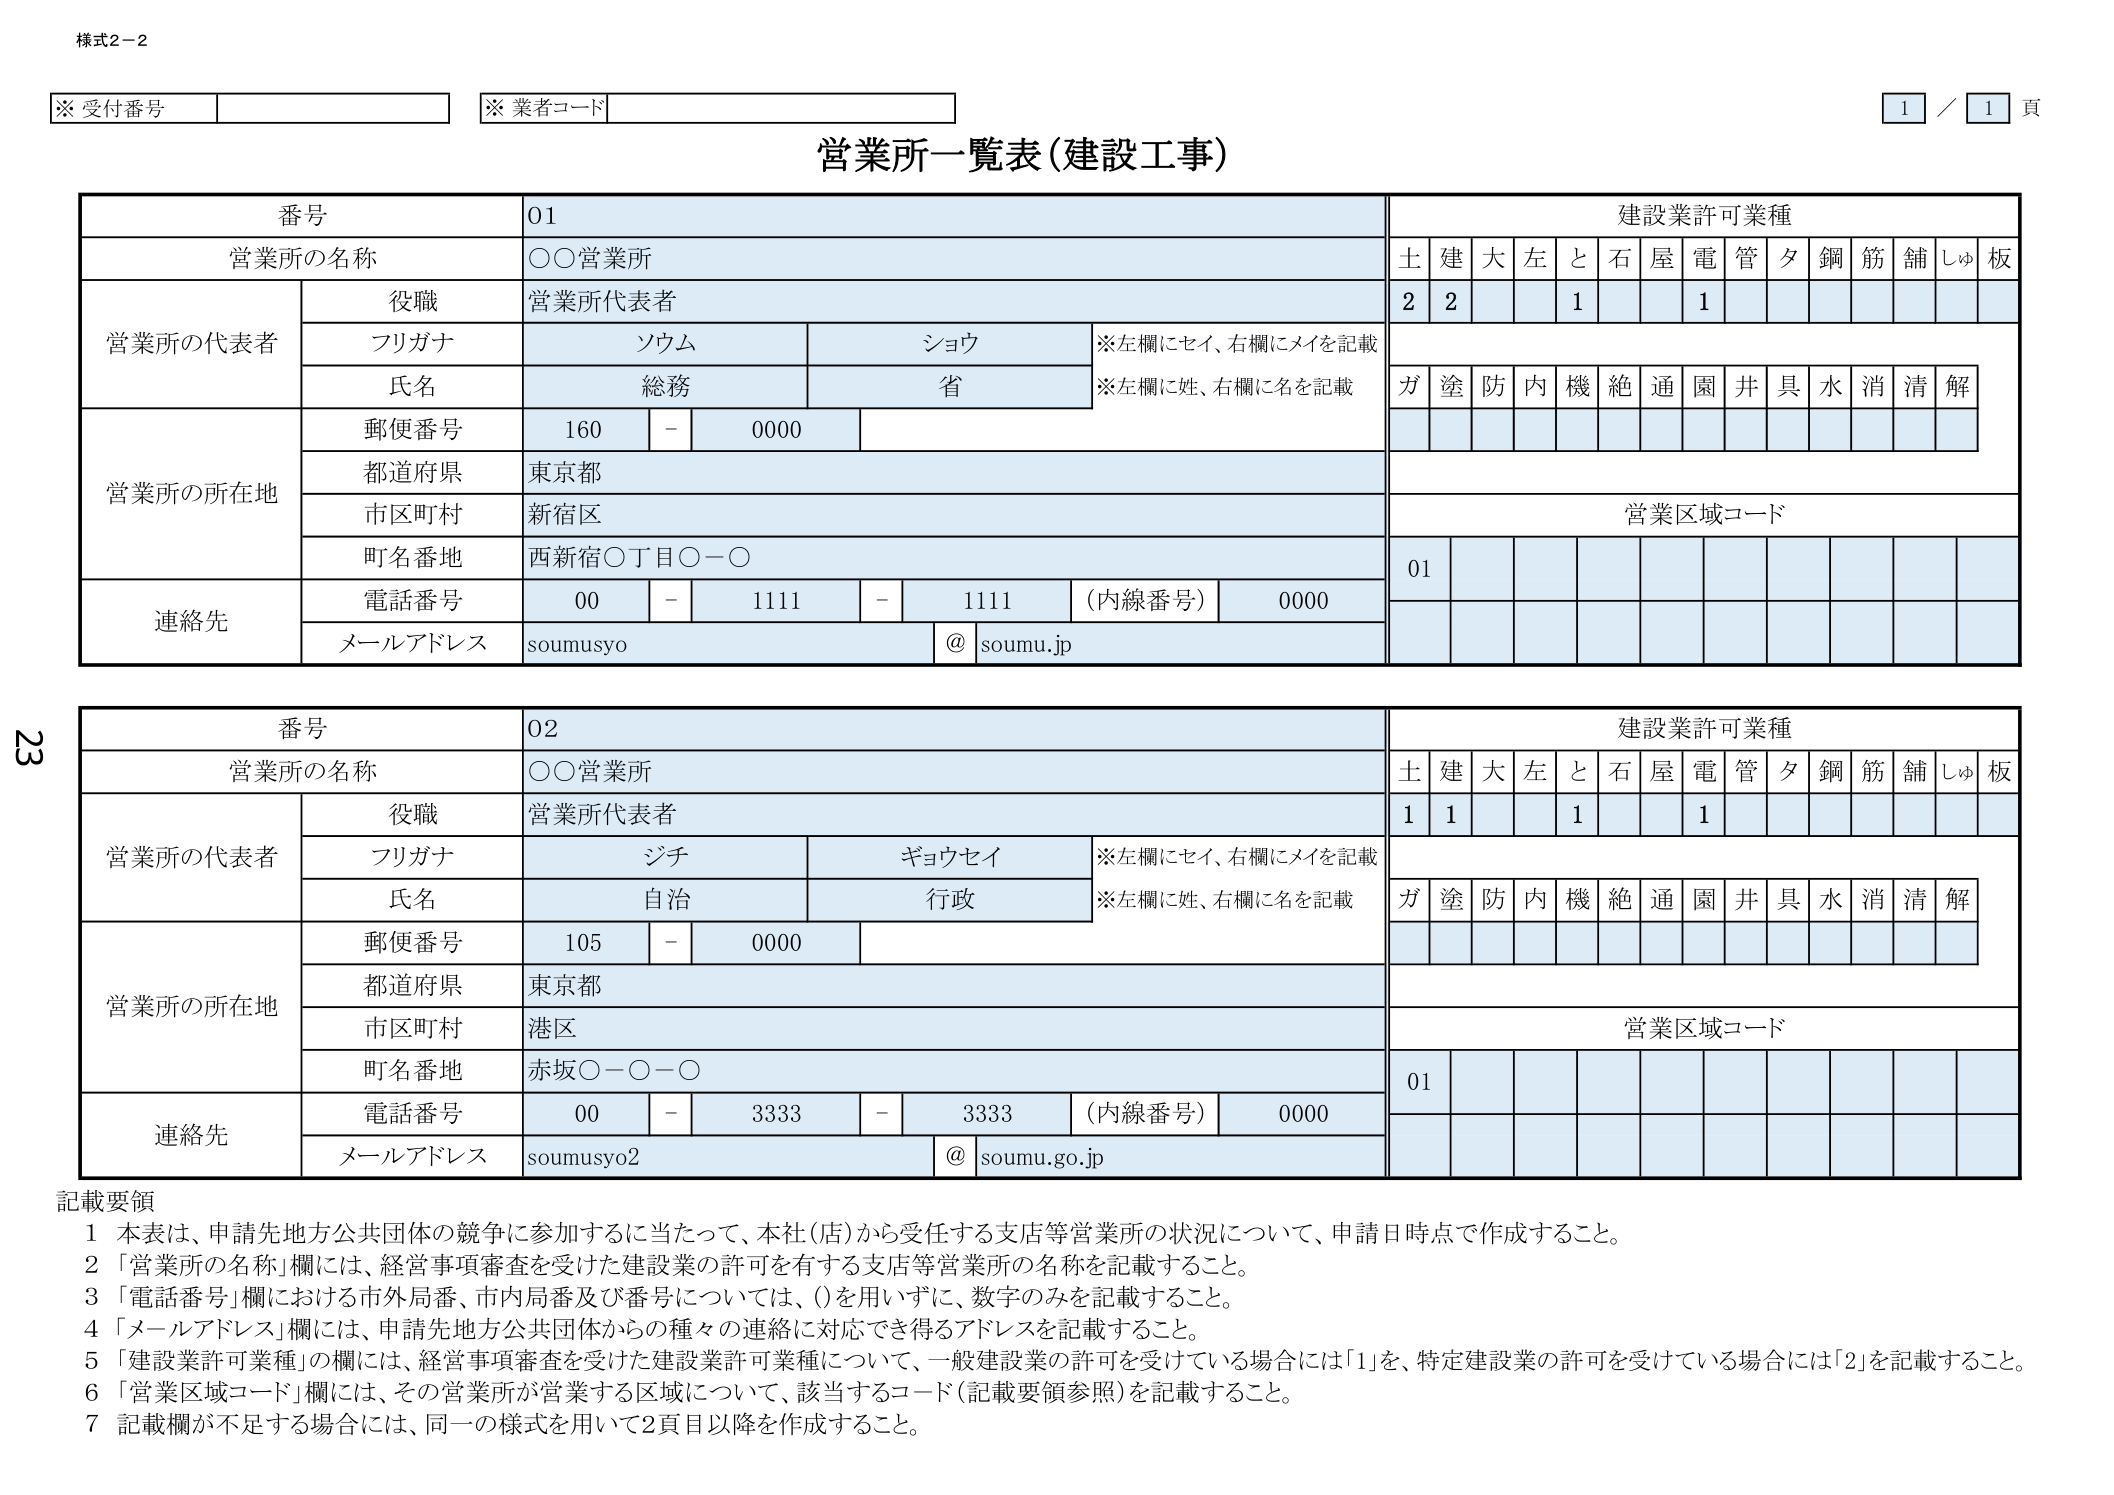
様式2-2

※ 受付番号
※ 業者コード

1 / 1 頁

営業所一覧表（建設工事）

番号 01
営業所の名称 ○○営業所
建設業許可業種
土 建 大 左 と 石 屋 電 管 夕 鋼 筋 舗 しゅ 板
2 2 1 1

営業所の代表者
役職 営業所代表者
フリガナ ソウム ショウ
※左欄にセイ、右欄にメイを記載
氏名 総務 省
※左欄に姓、右欄に名を記載
ガ 塗 防 内 機 絶 通 園 井 具 水 消 清 解

営業所の所在地
郵便番号 160 - 0000
都道府県 東京都
市区町村 新宿区
町名番地 西新宿○丁目○-○

連絡先
電話番号 00 - 1111 - 1111 （内線番号） 0000
メールアドレス soumusyo @ soumu.jp

営業区域コード
01

番号 02
営業所の名称 ○○営業所
建設業許可業種
土 建 大 左 と 石 屋 電 管 夕 鋼 筋 舗 しゅ 板
1 1 1 1

営業所の代表者
役職 営業所代表者
フリガナ ジチ ギョウセイ
※左欄にセイ、右欄にメイを記載
氏名 自治 行政
※左欄に姓、右欄に名を記載
ガ 塗 防 内 機 絶 通 園 井 具 水 消 清 解

営業所の所在地
郵便番号 105 - 0000
都道府県 東京都
市区町村 港区
町名番地 赤坂○-○-○

連絡先
電話番号 00 - 3333 - 3333 （内線番号） 0000
メールアドレス soumusyo2 @ soumu.go.jp

営業区域コード
01

記載要領
1 本表は、申請先地方公共団体の競争に参加するに当たって、本社（店）から受任する支店等営業所の状況について、申請日時点で作成すること。
2 「営業所の名称」欄には、経営事項審査を受けた建設業の許可を有する支店等営業所の名称を記載すること。
3 「電話番号」欄における市外局番、市内局番及び番号については、()を用いずに、数字のみを記載すること。
4 「メールアドレス」欄には、申請先地方公共団体からの種々の連絡に対応でき得るアドレスを記載すること。
5 「建設業許可業種」の欄には、経営事項審査を受けた建設業許可業種について、一般建設業の許可を受けている場合には「1」を、特定建設業の許可を受けている場合には「2」を記載すること。
6 「営業区域コード」欄には、その営業所が営業する区域について、該当するコード（記載要領参照）を記載すること。
7 記載欄が不足する場合は、同一の様式を用いて2頁目以降を作成すること。

23